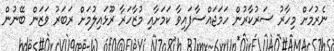
ނެރުމަށް މިހާރު ސަރުކާރުން ހަމަޖައްސާފައިވާ ކަމަށާއި މުޒާހަރާ ރޫޅައިލުމަށް ރަބަރު ވަޒަން ބޭނުން